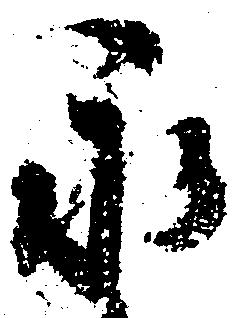
永